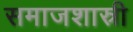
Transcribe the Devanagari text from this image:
समाजशास्री